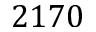
2 1 7 0